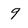
Character: 9